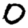
Digit: 0